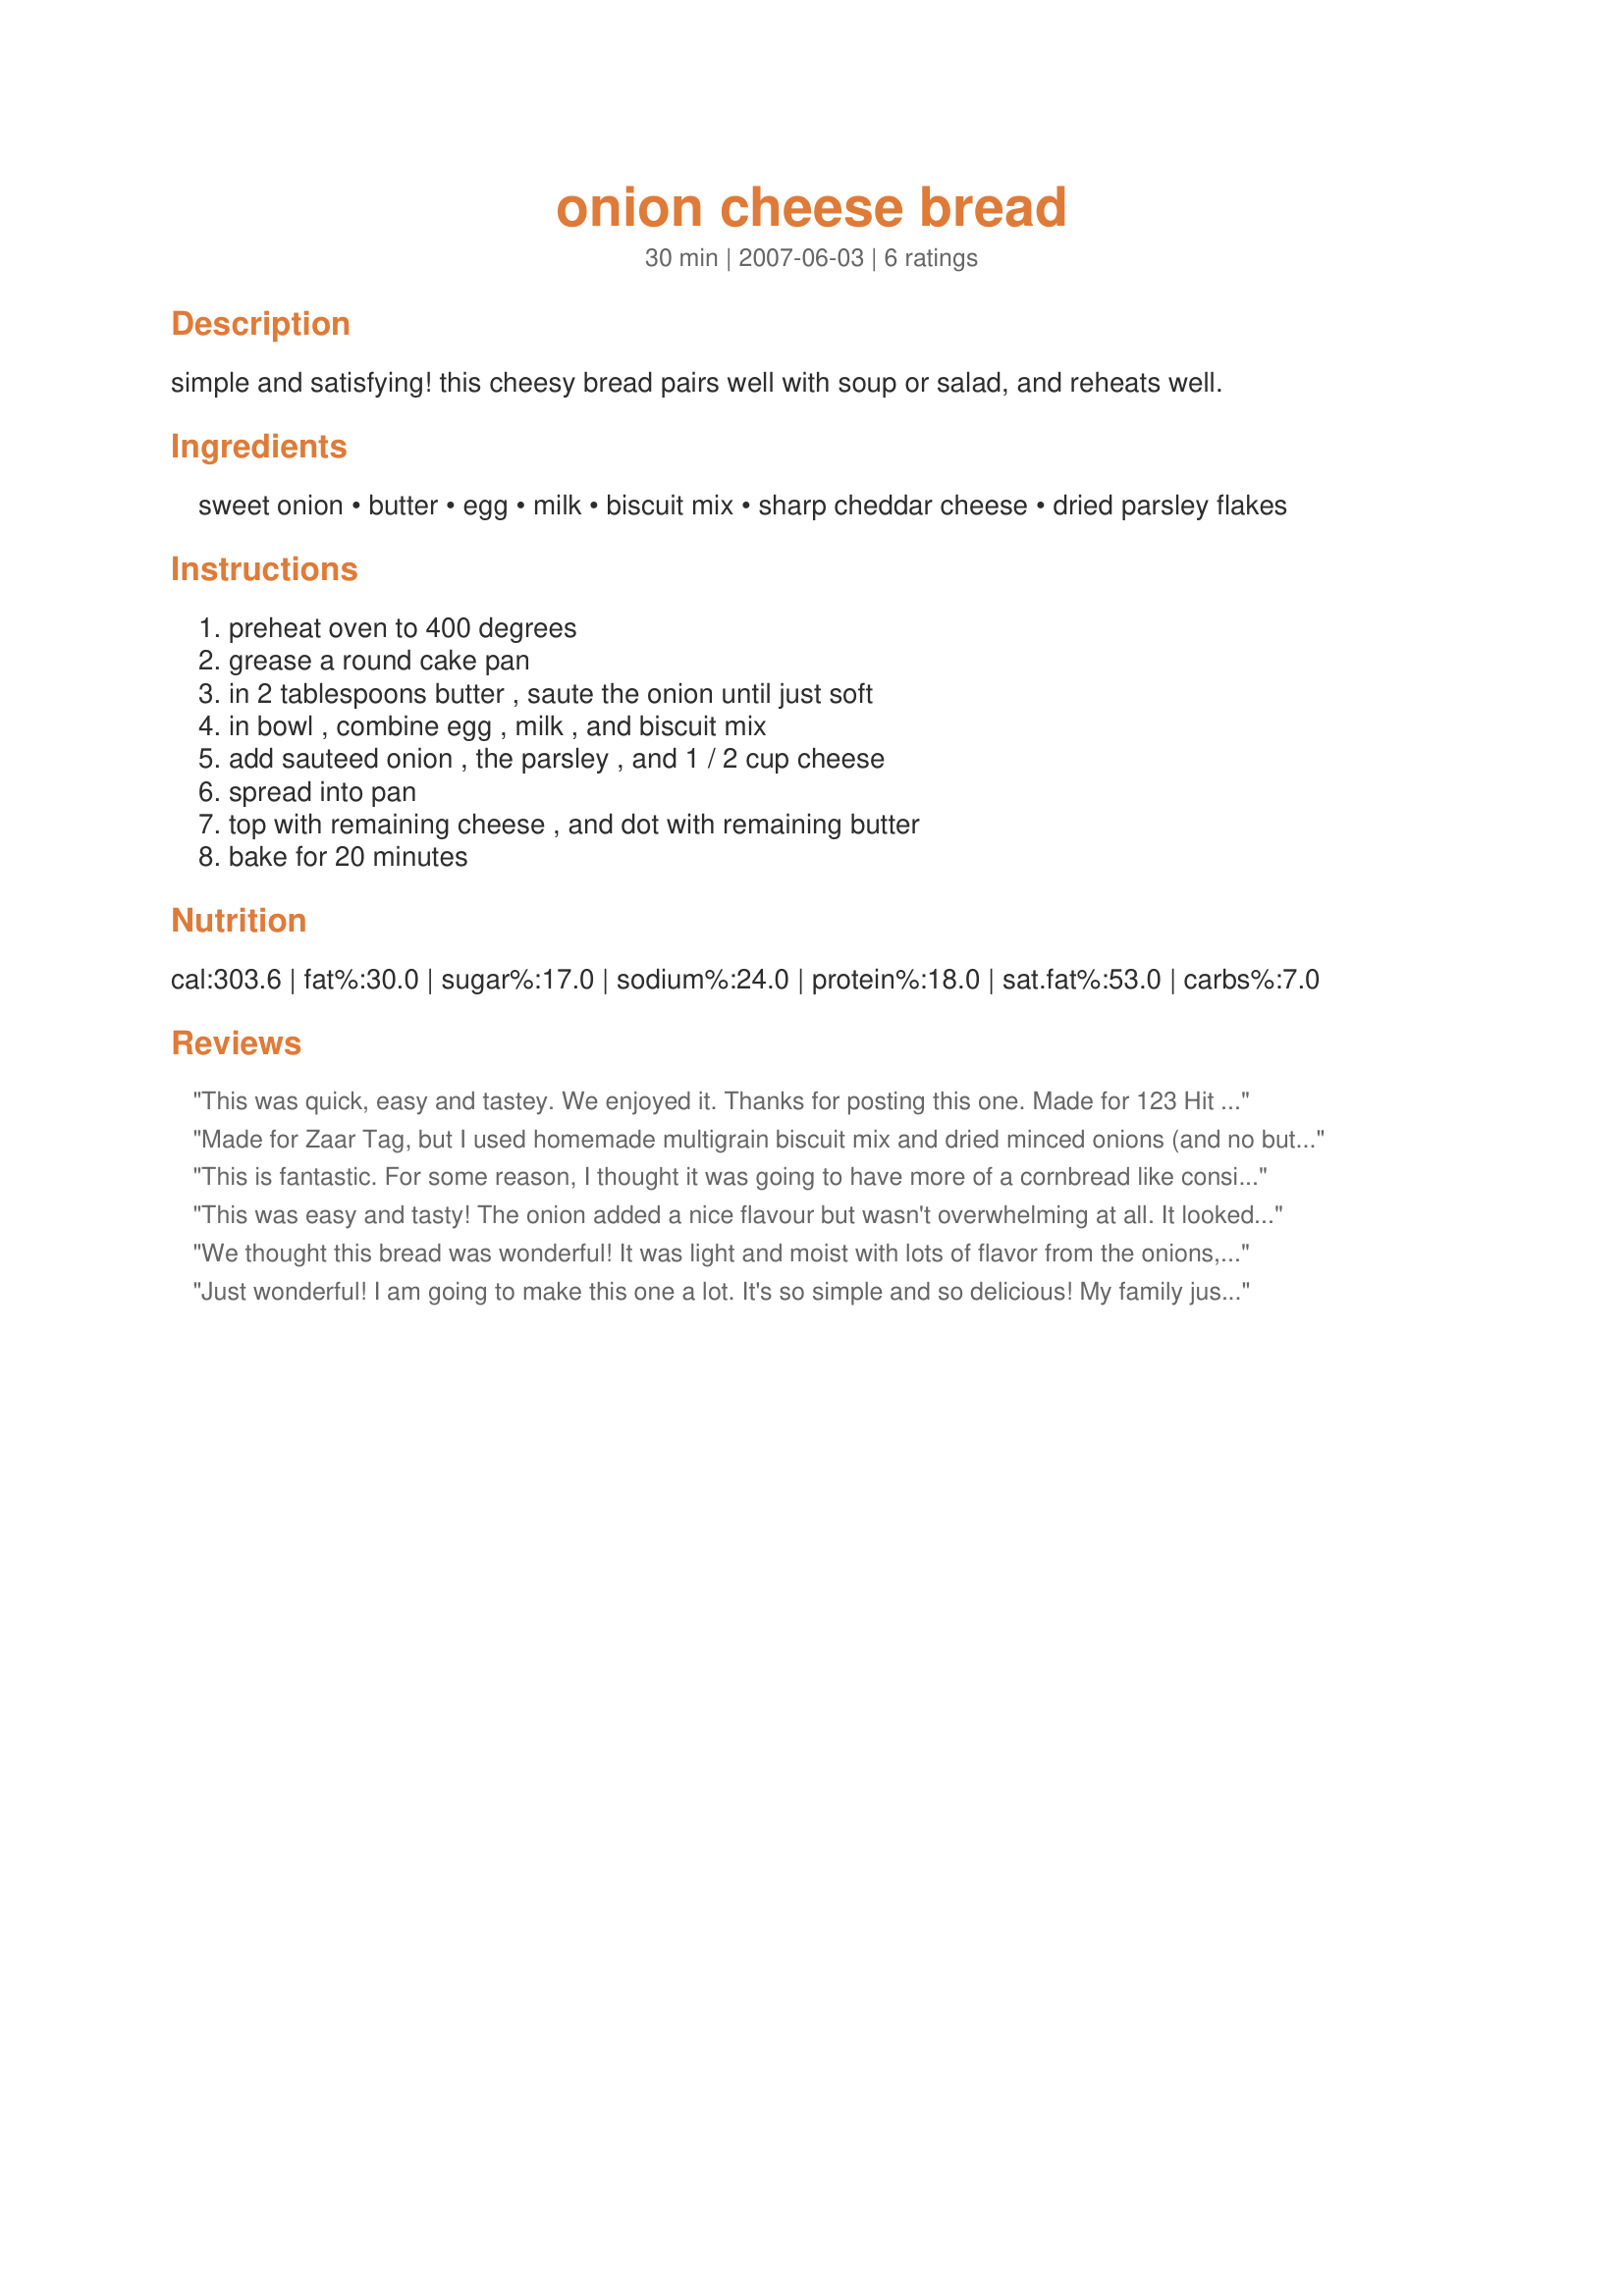
onion cheese bread
Preparation time: 30 minutes

simple and satisfying! this cheesy bread pairs well with soup or salad, and reheats well.

Ingredients:
sweet onion, butter, egg, milk, biscuit mix, sharp cheddar cheese, dried parsley flakes

Steps:
preheat oven to 400 degrees, grease a round cake pan, in 2 tablespoons butter , saute the onion until just soft, in bowl , combine egg , milk , and biscuit mix, add sauteed onion , the parsley , and 1 / 2 cup cheese, spread into pan, top with remaining cheese , and dot with remaining butter, bake for 20 minutes

Reviews:
This was quick, easy and tastey. We enjoyed it. Thanks for posting this one. Made for 123 Hit Wonders game.
Made for Zaar Tag, but I used homemade multigrain biscuit mix and dried minced onions (and no butter, as I didn't need to saute the onions). Not too bad, but it came out salty, not sure why! I think if it was made with biscuit mix made with white flour, it would be really tasty. I'm glad I tried it though. If I ever buy biscuit mix, I will try it again.
This is fantastic. For some reason, I thought it was going to have more of a cornbread like consistancy. It was like a nice big biscuit. DH and DD both loved it. I reduced the amount of butter to 2 tablespoons, but otherwise followed the recipe. It made a very nice fluffy bread. I think I would like this more as individual biscuits. Made for PAC Fall 2007.
This was easy and tasty! The onion added a nice flavour but wasn't overwhelming at all. It looked terrific and was perfectly cooked at 20 minutes. It was pretty crumbly though and we had to eat it with forks. Made for 1,2,3 Tag. Thanks!
We thought this bread was wonderful! It was light and moist with lots of flavor from the onions, cheddar and butter. It was so easy to put together and we ate it with spaghetti. Thanks for a great recipe, Kizzikate!
Just wonderful! I am going to make this one a lot. It's so simple and so delicious! My family just loved it. Thanks for sharing.
